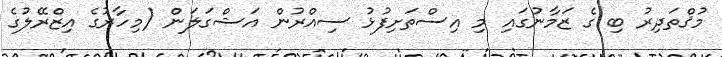
މުޤްތަދިރު ބި ގެ ޒަމާނުގައި މި އިސްތަށިފުޅު ސިއްރުން އަޝްގަލަން (މިހާރުގެ އިޒްރޭލުގެ